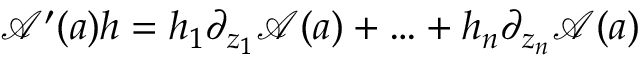
\mathcal { A } ^ { \prime } ( a ) h = h _ { 1 } \partial _ { z _ { 1 } } \mathcal { A } ( a ) + \ldots + h _ { n } \partial _ { z _ { n } } \mathcal { A } ( a )